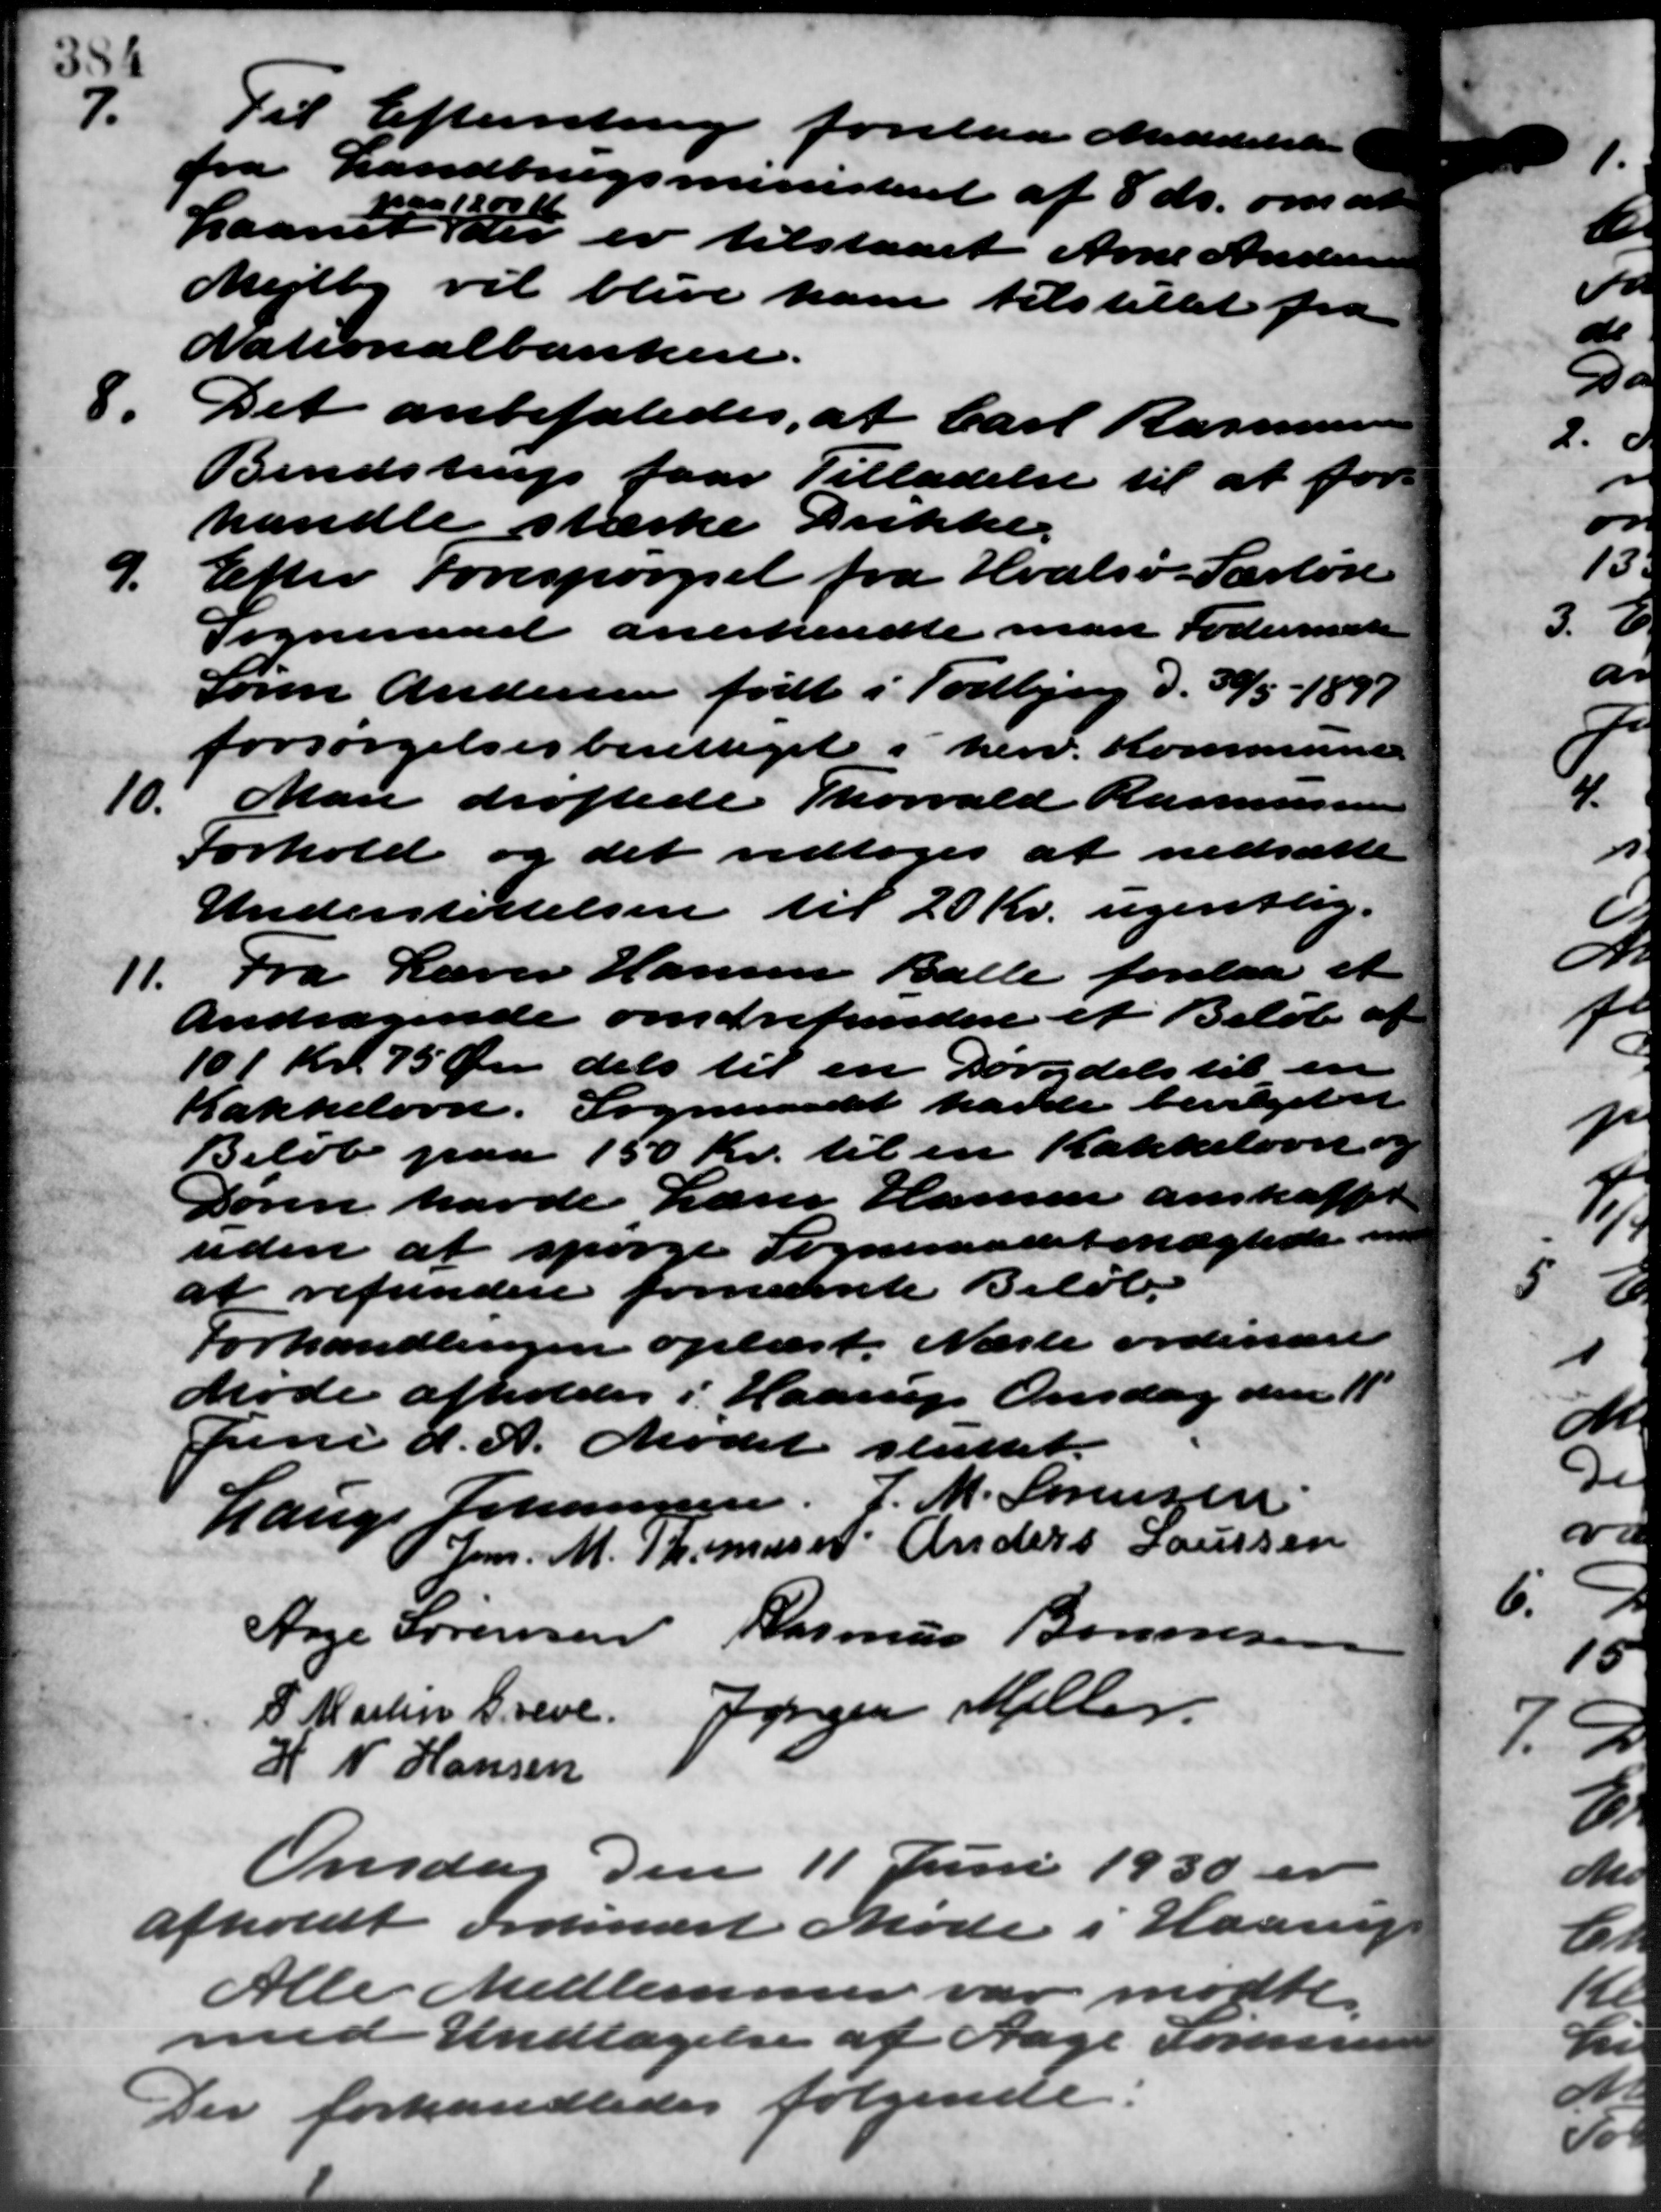
Transskription:
7.
Til Efterretning forelaa Meddelelse
fra Landbrugsministeriet af 8 ds. om at
Laanet der er tilstaaet Arne Andersen
naa 1200
Mejlby vil blive ham tilstillet fra
Nationalbanken.
8.
Det anbefaledes, at Carl Rasmussen
Bendstrup faar Tilladelse til at fore
handle stærke Drikke.
9.
Efter forespørgsel fra Hvalsø. Særløse
Sogneraad anerkendte man Fodermærke
Søren Andersen født i Todbjerg d. 30/5 – 1891
forsørgelsesberettiget i herv. Kommune
10.
Man drøftede Thorvald Rasmussen
Forhold og det vedtoges at nedsætte
Understøttelsen til 20 Kr. ugentlig.
11.
Fra Lærer Hansen Balle forelaa et
Andragende om refundere et Beløb af
101 Kr. 75 Øre dels til en Dorydels til en
Kakkelovn. Sogneraadet havde bevilget et
Beløb paa 150 Kr. til en Kakkelovn og
Doven havde Lærer Hansen anskaffet
uden at spørge Sogneraadet nægtede en
at refundere fornævnte Beløb.
Forhandlingen oplæst. Næste ordinære
Møde afholdes i Haarup Onsdag den 11
Juni d. A. Mødet sluttet.
Lauge Johannesen, J. M. Sørensen
Jens. M. Th. Muser Anders Laursen
Aage Sørensen Rasmus Bonnesen
P. Martin Greve Jørgen Meller
H N Hansen
Onsdag den 11 Juni 1930 er
afholdt ordinært Møde i Haarup
Alle Medlemmer var mødte.
med Undtagelse af Aage Sørensen
Der forhandledes følgende